Report on vaccination in Madras 1922-1929 - 1922-1929
Year: 1922
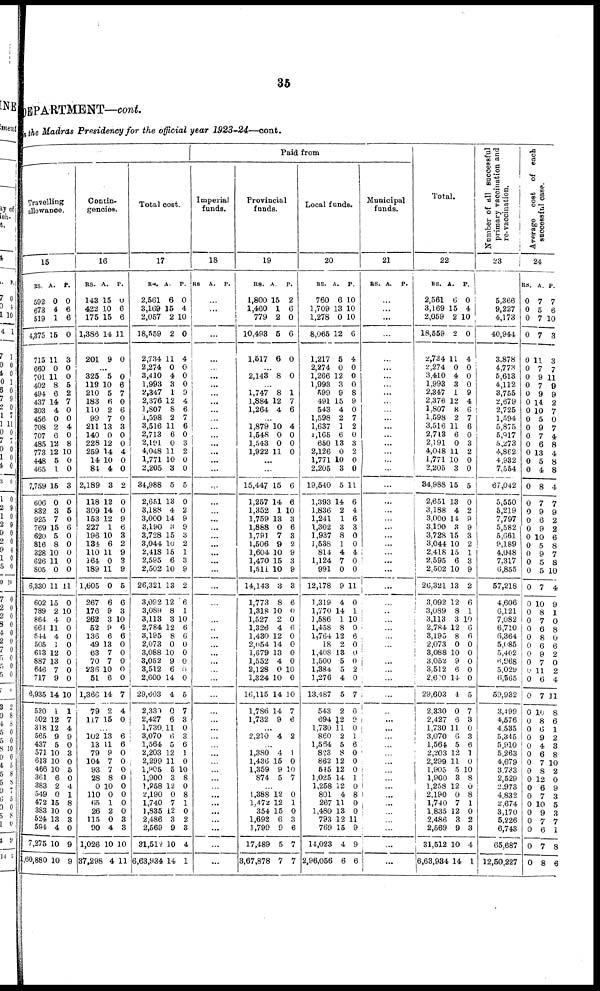
35
DEPARTMENT—cont.
in the Madras Presidency for the official year 1923-24—cont.
Travelling
allowance.
15
RS.
592
673
519
4,375
715
660
701
402
494
437
303
456
708
707
485
773
448
465
7,759
606
832
925
769
620
816
328
626
805
6,330
602
789
864
664
644
505
613
887
646
717
6,935
530
502
318
565
437
571
613
466
361
383
549
472
383
524
594
7,275
1,60,880
A.
0
4
1
15
11
0
11
8
6
14
4
0
2
6
12
12
5
1
15
0
3
7
15
5
8
10
11
0
11
15
2
4
11
4
1
12
13
7
9
14
1
12
12
9
5
10
10
10
6
2
0
15
10
13
4
10
10
P.
0
6
6
0
3
0
0
5
2
7
0
0
4
0
8
10
0
0
3
0
5
0
6
0
0
0
0
0
11
0
10
0
0
0
0
0
0
0
0
10
1
7
4
9
0
3
0
5
0
4
1
8
0
3
0
9
9
Contin-
gencies.
16
RS.
143
422
175
1,386
201
A.
15
10
15
14
9
P.
0
6
6
11
0
...
325
119
210
183
110
99
211
140
228
259
14
84
2,189
118
309
153
227
196
134
110
164
189
1,605
267
176
262
52
136
49
63
70
236
51
1,366
79
117
5
10
5
6
2
7
13
0
12
14
10
4
3
12
14
12
1
10
6
11
0
11
0
6
9
3
9
6
13
7
7
10
6
14
2
15
0
6
7
0
6
0
3
0
0
4
0
0
2
0
0
9
6
3
2
9
3
9
5
6
3
10
6
6
0
0
0
0 0
7
4
0
...
102
13
79
104
93
28
0
110
65 26
115
90
1,026
37,298
13
11
9
7
7
8
10
0
1
2
0
4
10
4
6
6
0
0
0 0
0
0
0
0
3
3
10
11
Total cost.
17
RS.
2,561
3,169
2,057
18,559
2,734
2,274
3,410
1,993
2,347
2,376
1,807
1,598
3,516
2,713
2,191
4,048
1,771
2,205
34,988
2,651
3,188
3,000
3,190
3,728
3,044
2,418
2,595
2,502
26,321
3,092
3,089
3,113
2,784
3,195
2,073
3,088
3,052
3,512
2,600
29,603
2,330
2,427
1,730
3,070
1,564
2,203
2,299
1,905
1,900
1,258
2,190
1,740
1,835
2,486
2,569
31,512
6,63,934
A.
6
15
2
2
11
0
4
3
1
12
8
2
11
6
0
11
10
3
5
13
4
14
3
15
10
15
6
10
13
12
8
3
12
8
0
10
9
6
14
4
0
6
11
6
5
12
11
5
3
12
0
7
12
3
9
10
14
P.
0
4
10
0
4
0
0
0
9
4
6
7
6
0
3
2
0
0
5
0
2
9
9
3
2
1
3
9
2
6
1
10
6
6
0
0
0
0 0
5
7
3
0
3
6
1
0
10
8
0
8
1
0
2
3
4
1
Paid from
Imperial
funds.
18
RS A. P.
...
...
...
...
...
...
...
...
...
...
...
...
...
...
...
...
...
...
...
...
...
...
...
...
...
...
...
...
...
...
...
...
...
...
...
...
...
...
...
...
...
...
...
...
...
...
...
...
...
...
...
...
...
...
...
...
...
Provincial
funds.
19
RS.
1,800
1,460
779
10,493
1,517
A.
15
1
2
5
6
P.
2
6
0
6
0
...
2,143 8 0
...
1,747
1,884
1,264
8
12
4
1
7
6
...
1,879
1,548
1,543
1,922
10
0
0
11
4
0
0
0
...
...
15,447
1,257
1,352
1,759
1,888
1,791
1,506
1,604
1,470
1,511
14,143
1,773
1,318
1,527
1,326
1,430
2,054
1,679
1,552
2,128
1,324
16,115
1,786
1,732
15
14
1
13
0
7
9
10
15
10
3
8
10
2
4
12
14
13
4
0
10
14
14
9
6
6
10
3
6
3
2
9
3
9
3
6
0
0
6
0
0
0
0
10
0
10
7
6
...
2,210 4 2
...
1,380
1,436
1,359
874
4
15
9
5
1
0
10
7
...
1,388
1,472
354
1,692
1,799
17,489
3,67,878
12
12
15
6
9
5
7
0
1
0
3
6
7
7
Local funds.
20
RS.
760
1,709
1,278
8,065
1,217
2,274
1,266
1,993
599
491
543
1,598
1,637
1,165
650
2,126
1,771
2,205
19,540
1,393
1,836
1,241
1,302
1,937
1,538
814
1,124
991
12,178
1,319
1,770
1,586
1,458
1,764
18
1,408
1,500
1,384
1,276
13,487
543
694
1,730
860
1,564
823
862
545
1,025
1,258
801
267
1,480
793
769
14,023
2,96,056
A.
6
13
0
12
5
0
12
3
9
15
4
2
1
6
13
0
10
3
5
14
2
1
3
8
1
4
7
0
9
4
14
1
8
12
2
13
5
5
4
5
2
12
11
2
5
8
12
12
14
12
4
11
13
12
15
4
6
P.
10
10
10
6
4
0
0
0
8
9
0
7
2
0
3
2
0
0
11
6
4
6
3
0
0
4
0
0
11
0
1
10
0
6
0
0
0
2
0
7
0
9
0
1
6
0
0
0
1
0
8
0 0
11
9
9
6
Municipal
funds.
21
RS. A. P.
...
...
...
...
...
...
...
...
...
...
...
...
...
...
...
...
...
...
...
...
...
...
...
...
...
...
...
...
...
...
...
...
...
...
...
...
...
...
...
...
...
...
...
...
...
...
...
...
...
...
...
...
...
...
...
...
...
Total.
22
RS.
2,561
3,169
2,059
18,559
2,734
2,274
3,410
1,993
2,347
2,376
1,807
1,598
3,516
2,713
2,191
4,048
1,771
2,205
34,988
2,651
3,188
3,000
3,190
3,728
3,044
2,418
2,595
2,502
26,321
3,092
3,089
3,113
2,784
3,195
2,073
3,088
3,052
3,512
2,600
29,603
2,330
2,427
1,730
3,070
1,564
2,203
2,299
1,905
1,900
1,258
2,190
1,740
1,835
2,486
2,569
31,512
6,63,984
A.
6
15
2
2
11
0
4
3
1
12
8
2
11
6
0
11
10
3
15
13
4
14
3
15
10
15
6
10
13
12
8
3
12
8
0
10
9
6
14
4
0
6
11
6
5
12
11
5
3
12
0
7
12
3
9
10
14
P.
0
4
10
0
4
0
0
0
9
4
6
7
6
0
3
2
0
0
5
0
2
9
9
3
2
1
3
9
2
6
1
10
6
6
0
0
0
0
0
5
7
3
0
3
6
1
0
10
8
0
8
1
0
2
3
4
1
Number of all successful
primary vaccination and
re-vaccination.
23
5,366
9,227
4,173
40,944
3,878
4,773
5,613
4,112
3,755
2,679
2,725
1,594
5,875
5,917
5,273
4,862
4,932
7,554
67,042
5,550
5,219
7,797
5,582
5,661
9,189
4,048
7,317
6,855
57,218
4,606
6,121
7,082
6,710
6,364
5,085
5,402
6,968
5,029
6,565
59,932
3,499
4,576
4,535
5,345
5,910
5,263
4,679
3,733
2,529
2,973
4,832
2,674
3,170
5,226
6,743
65,687
12,50,227
Average cost of each
successful case.
24
RS.
0
0
0
0
0
0
0
0
0
0
0
0
0
0
0
0
0
0
0
0
0
0
0
0
0
0
0
0
0
0
0
0
0
0
0
0
0
0
0
0
0
0
0
0
0
0
0
0
0
0
0
0
0
0
0
0
0
A.
7
5
7
7
11
7
9
7
9
14
10
5
9
7
6
13
5
4
8
7
9
6
9
10
5
9
5
5
7
10
8
7
6
8
6
9
7
11
6
7
10
8
6
9
4
6
7
8
12
6
7
10
9
7
6
7
8
P.
7
6
10
3
3
7
11
9
9
2
7
0
7
4
8
4
8
8
4
7
9
2
2
6
8
7
8
10
4
9
1
0
8
0
6
2
0
2
4
11
8
6
1
9
3
8
10
2
0
9
3
5
3
7
1
8
6